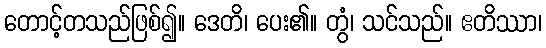
တောင့်တသည်ဖြစ်၍။ ဒေတိ၊ ပေး၏။ တွံ၊ သင်သည်။ ဧတိဿာ၊